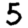
Digit: 5